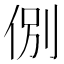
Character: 𬾋